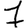
Digit: 7